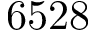
6 5 2 8